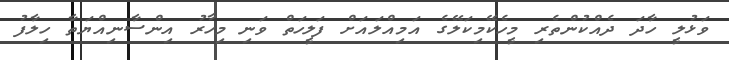
ވަޅުލީ ހާދަ ދެއްކުންތެރި މީހެކޭމިކަލޭގެ އަމިއްލައަށް ފަލީހަތް ވަނި މިހާރު އިންސާނިއްޔަތާ ހިލާފު